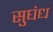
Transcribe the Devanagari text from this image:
सुघंध